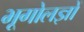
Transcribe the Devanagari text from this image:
भूगोलज्ञों